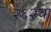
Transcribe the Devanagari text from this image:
२६२चा